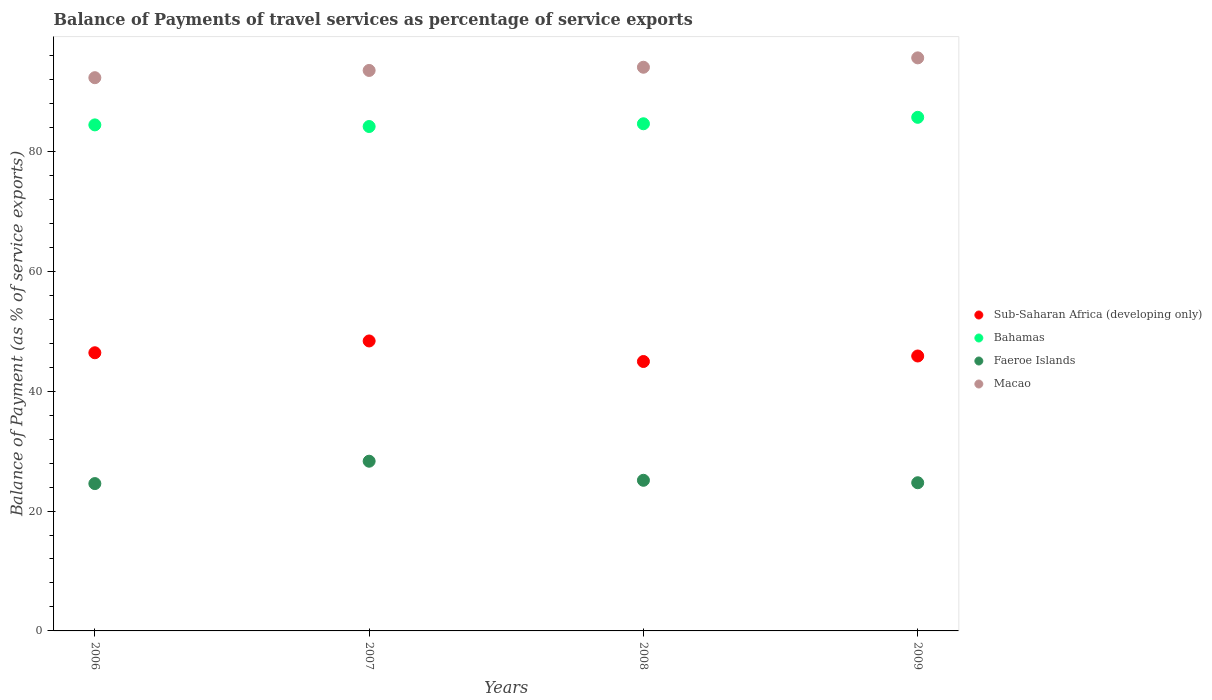
| Years | Sub-Saharan Africa (developing only) | Bahamas | Faeroe Islands | Macao |
 | --- | --- | --- | --- | --- |
 | 2006 | 46.4 | 84.4 | 24.6 | 92.3 |
 | 2007 | 48.4 | 84.1 | 28.3 | 93.5 |
 | 2008 | 44.9 | 84.6 | 25.1 | 94 |
 | 2009 | 45.9 | 85.7 | 24.7 | 95.6 |